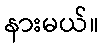
နားမယ်။